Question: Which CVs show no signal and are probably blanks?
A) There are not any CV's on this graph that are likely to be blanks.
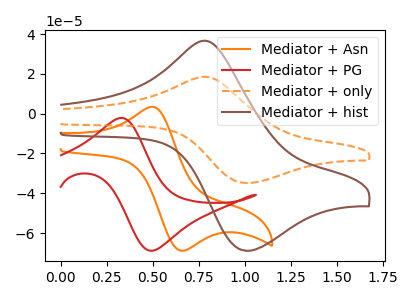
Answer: <think>The orange curve "Mediator + Asn" has an anodic peak at (0.50V, 3.40uA) and a cathodic peak at (0.65V, -68.85uA). The red curve "Mediator + PG" has an anodic peak at (0.35V, -2.15uA) and a cathodic peak at (0.50V, -68.85uA). The orange dashed curve "Mediator + only" has an anodic peak at (0.80V, 18.40uA) and a cathodic peak at (1.00V, -34.85uA). The brown curve "Mediator + hist" has an anodic peak at (0.80V, 36.35uA) and a cathodic peak at (1.00V, -68.90uA).</think>
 <answer>A) There are not any CV's on this graph that are likely to be blanks.</answer>
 <eval>A</eval>